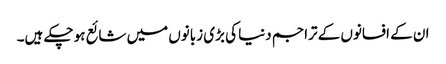
ان کے افسانوں کے تراجم دنیا کی بڑی زبانوں میں شائع ہو چکے ہیں۔